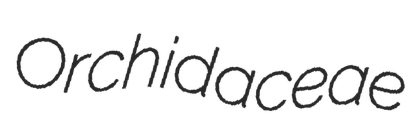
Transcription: Orchidaceae